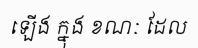
ឡើង ក្នុង ខណៈ ដែល